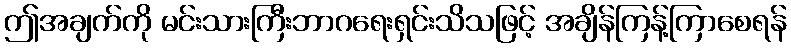
ဤအချက်ကို မင်းသားကြီးဘာဂရေးရှင်းသိသဖြင့် အချိန်ကြန့်ကြာစေရန်